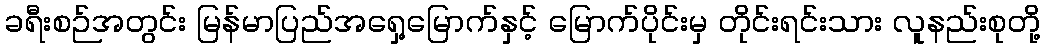
ခရီးစဉ်အတွင်း မြန်မာပြည်အရှေ့မြောက်နှင့် မြောက်ပိုင်းမှ တိုင်းရင်းသား လူနည်းစုတို့